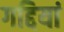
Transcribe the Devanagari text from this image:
गद्दियां